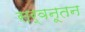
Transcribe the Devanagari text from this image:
सर्वनूतन